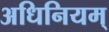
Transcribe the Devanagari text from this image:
अधिनियम्